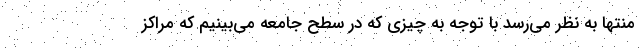
منتها به نظر می‌رسد با توجه به چیزی که در سطح جامعه می‌بینیم که مراکز